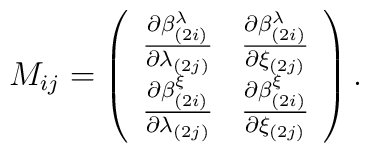
M_{ij}=\left(\begin{array}{c c}{\partial\beta^\lambda_{(2i)}\over\partial\lambda_{(2j)}}&{\partial\beta^\lambda_{(2i)}\over\partial\xi_{(2j)}}\\{\partial\beta^\xi_{(2i)}\over\partial\lambda_{(2j)}}&{\partial\beta^\xi_{(2i)}\over\partial\xi_{(2j)}}\end{array}\right).